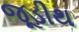
જૂડીથ